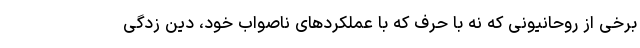
برخی از روحانیونی که نه با حرف که با عملکردهای ناصواب خود، دین زدگی